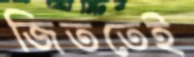
জিততেই